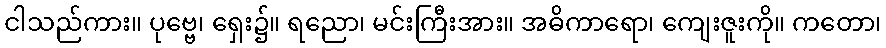
ငါသည်ကား။ ပုဗ္ဗေ၊ ရှေး၌။ ရညော၊ မင်းကြီးအား။ အဓိကာရော၊ ကျေးဇူးကို။ ကတော၊